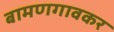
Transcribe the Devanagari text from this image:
बामणगावकर